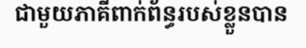
ជាមួយភាគីពាក់ព័ន្ធរបស់ខ្លួនបាន